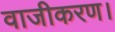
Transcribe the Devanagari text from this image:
वाजीकरण।